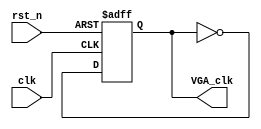
`timescale 1ns / 1ps
//////////////////////////////////////////////////////////////////////////////////
// Company: 
// Engineer: 
// 
// Design Name: 
// Module Name:    div_25HZ 
// Project Name: 
// Target Devices: 
// Tool versions: 
// Description: 
//
// Dependencies: 
//
// Revision: 
// Revision 0.01 - File Created
// Additional Comments: 
//
//////////////////////////////////////////////////////////////////////////////////
module div_25HZ(
	input				clk,
	input				rst_n,
				
	output	reg			VGA_clk
    );
	
//2	
always @(posedge clk or negedge rst_n)begin
	if(!rst_n)
	VGA_clk <= 1'b0;
	else
	VGA_clk	<=	~VGA_clk;
	end
endmodule